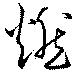
燃